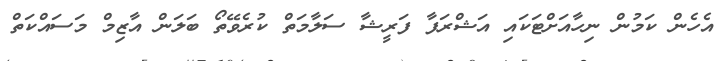
އެހެން ކަމުން ނިހާއަށްޓަކައި އަޝްރަފާ ފަރީޝާ ސަލާމަތް ކުރެވޭތޯ ބަލަން އާޒިމް މަސައްކަތް